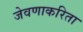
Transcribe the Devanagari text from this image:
जेवणाकरिता